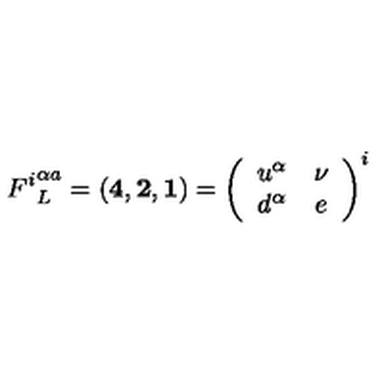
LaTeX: { F ^ { i } } _ { L } ^ { \alpha a } = ( { \bf 4 } , { \bf 2 } , { \bf 1 } ) = \left( \begin{array} { c c } { u ^ { \alpha } } & { \nu } \\ { d ^ { \alpha } } & { e } \\ \end{array} \right) ^ { i }